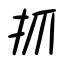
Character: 抓